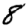
Digit: 8